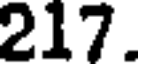
217.